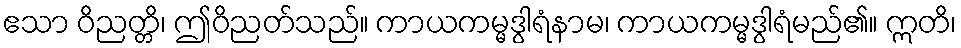
ဧသာ ဝိညတ္တိ၊ ဤဝိညတ်သည်။ ကာယကမ္မဒွါရံနာမ၊ ကာယကမ္မဒွါရံမည်၏။ ဣတိ၊